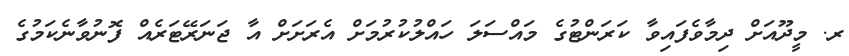
ރ. މީދޫއަށް ދިމާވެފައިވާ ކަރަންޓުގެ މައްސަލަ ހައްލުކުރުމަށް އެރަށަށް އާ ޖަނަރޭޓަރެއް ފޮނުވާނެކަމުގެ